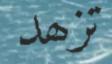
تزھد